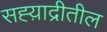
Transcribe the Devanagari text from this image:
सह्य़ाद्रीतील